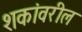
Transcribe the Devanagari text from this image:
शकांवरील